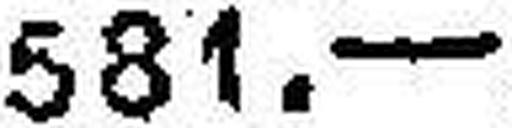
581.—